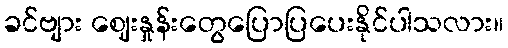
ခင်ဗျား ဈေးနှုန်းတွေပြောပြပေးနိုင်ပါသလား။